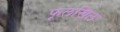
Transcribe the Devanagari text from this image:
फूलखिल